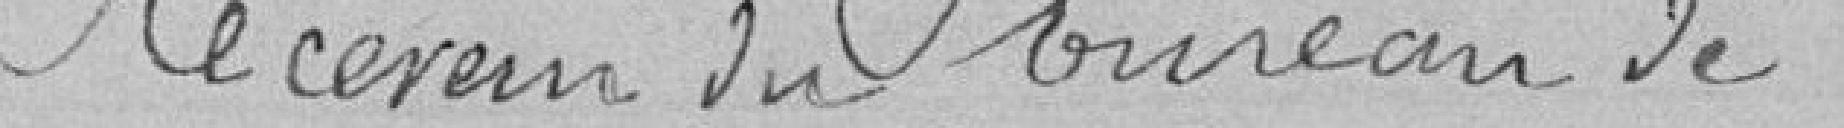
Receveur du bureau de